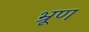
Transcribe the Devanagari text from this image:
भ्रूण